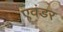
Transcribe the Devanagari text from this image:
एवंडर